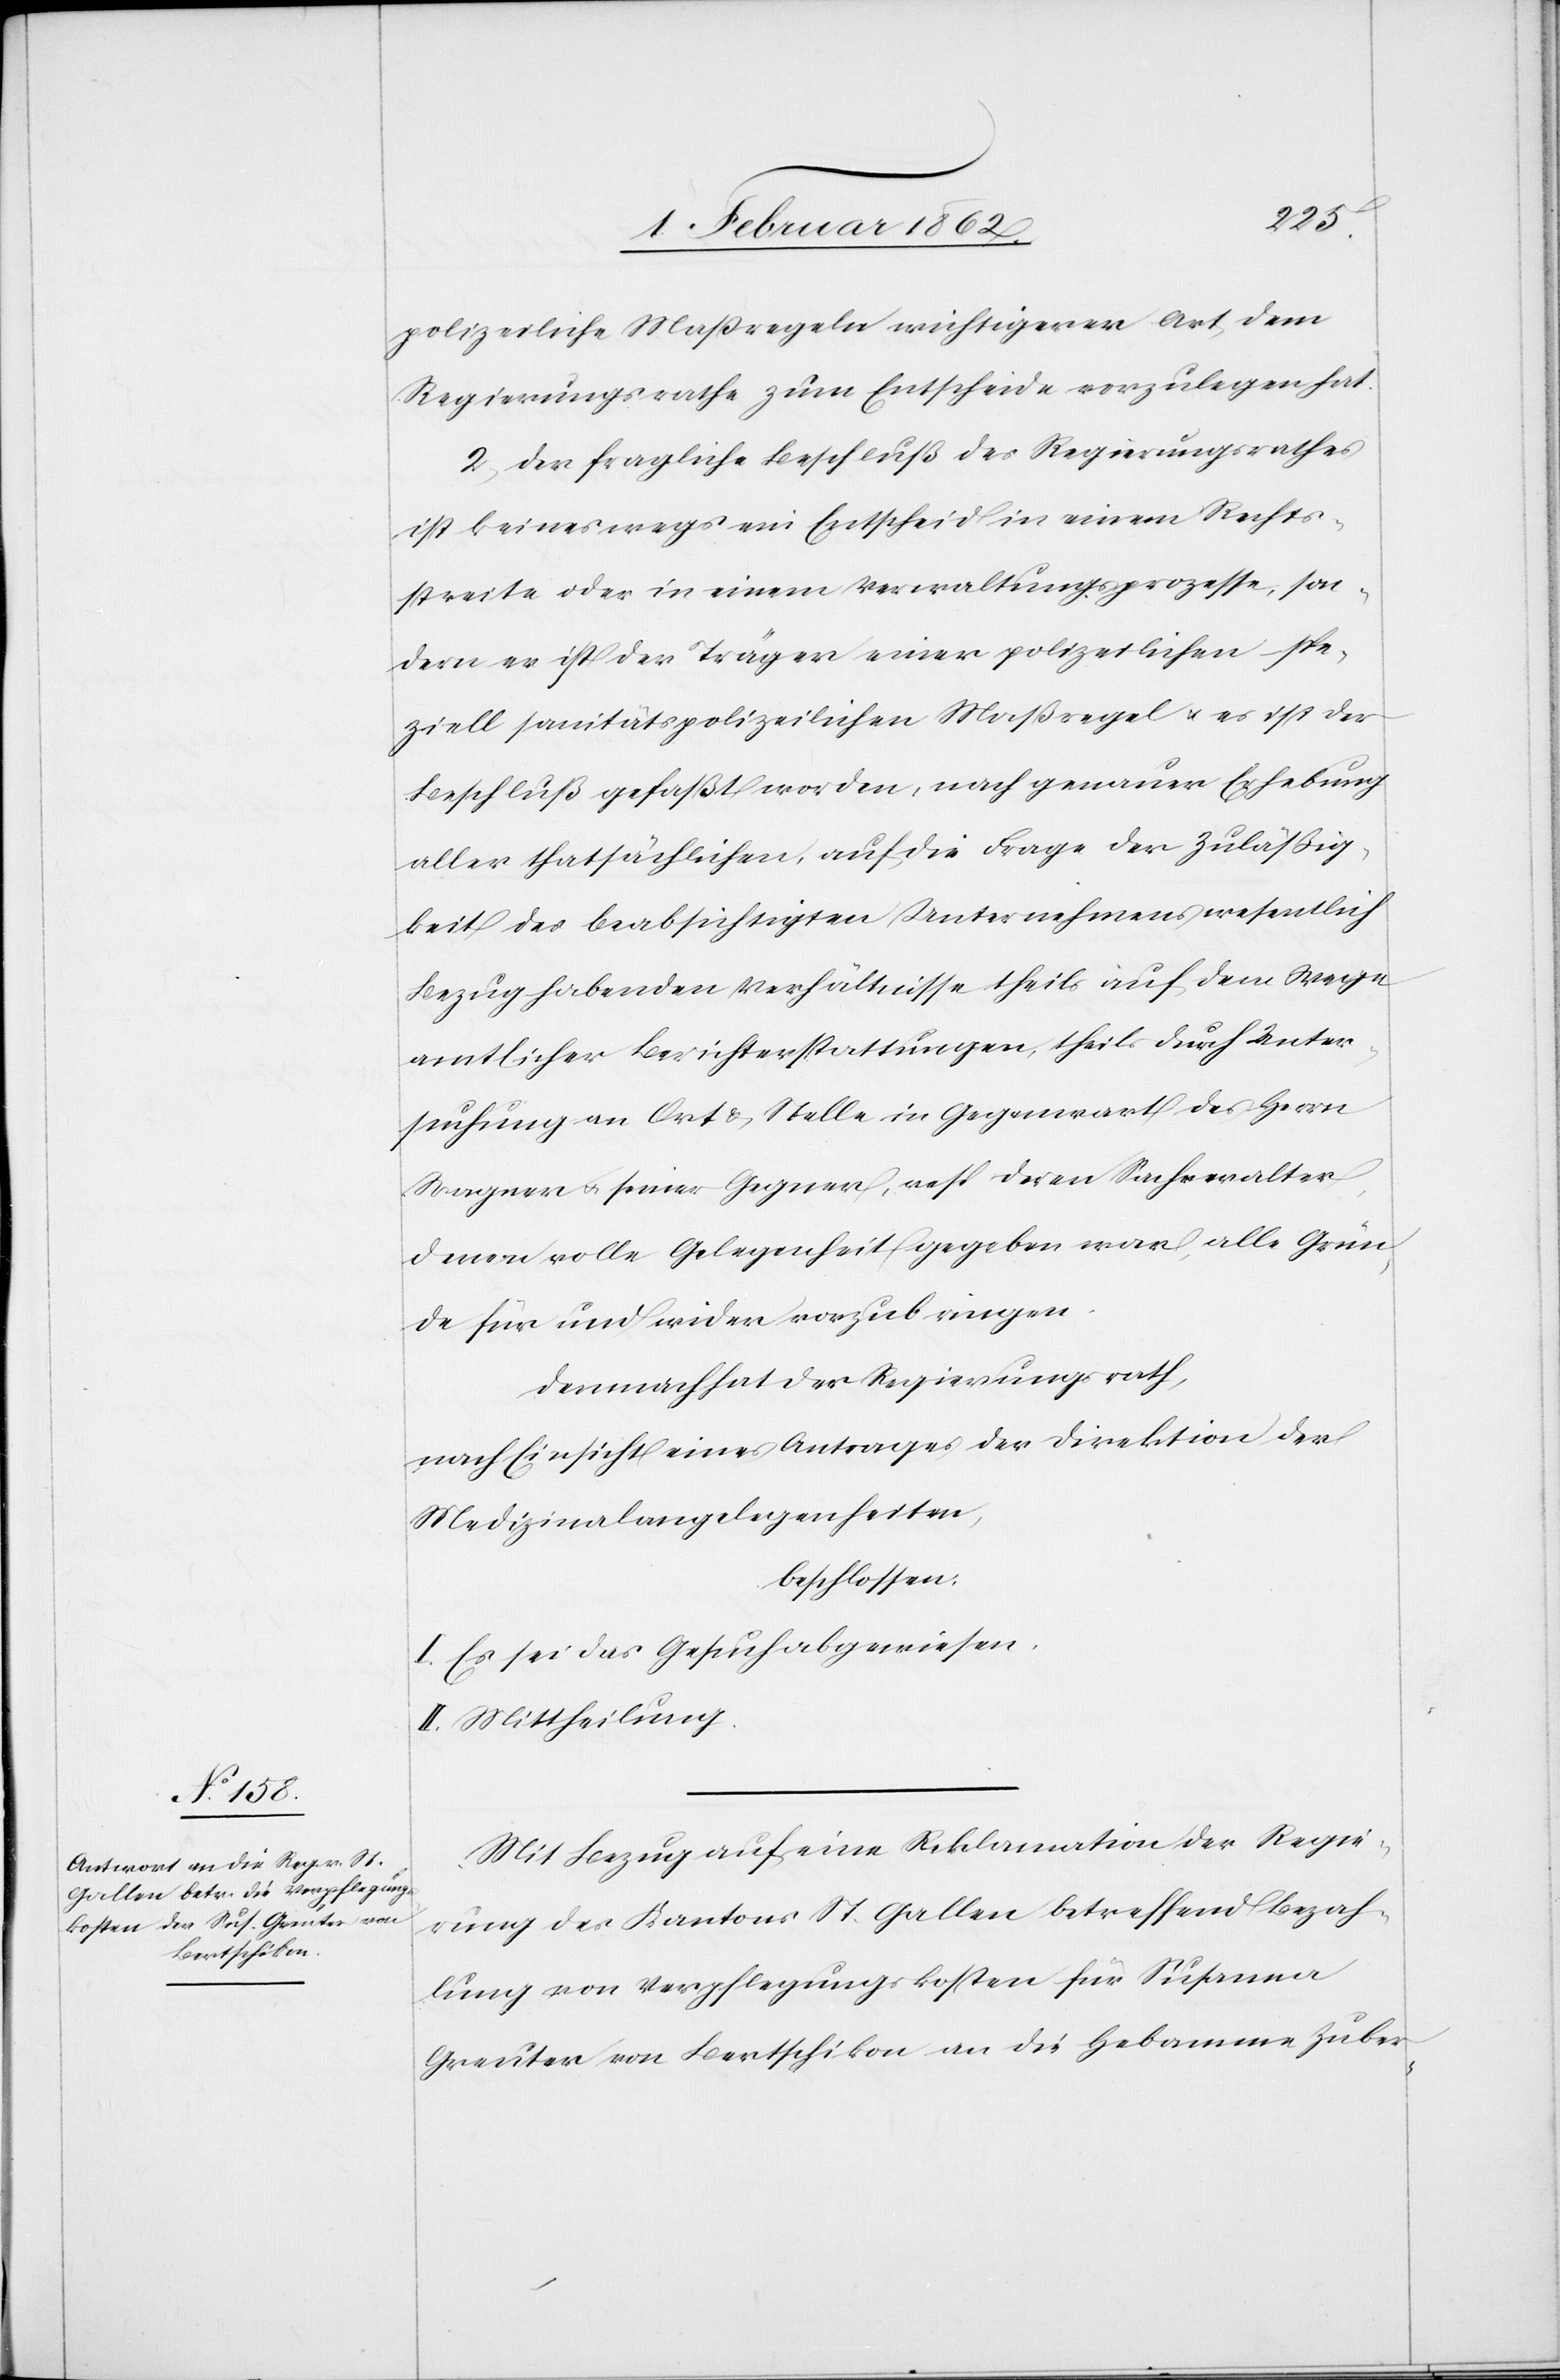
polizeiliche Maßregeln wichtigerer Art, dem
Regierungsrathe zum Entscheide vorzulegen hat.
2. der fragliche Beschluß des Regierungsrathes
ist keineswegs ein Entscheid in einem Rechts¬
streite oder in einem Verwaltungsprozesse, son¬
dern er ist der Träger einer polizeilichen spe¬
ziell sanitätspolizeilichen Maßregel u. es ist der
Beschluß gefaßt worden, nach genauer Erhebung
aller thatsächlichen, auf die Frage der Zuläßig¬
keit des beabsichtigten Unternehmens wesentlich
Bezug habenden Verhältnisse theils auf dem Wege
amtlicher Berichterstattungen, theils durch Unter¬
suchung an Ort & Stelle in Gegenwart des Herrn
Wagner u. seiner Gegner, resp deren Sachswalter,
denen volle Gelegenheit gegeben war, alle Grün¬
de für und wider vorzubringen.
Demnach hat der Regierungsrath,
nach Einsicht eines Antrages der Direktion der
Medizinalangelegenheiten,
beschlossen:
I. Es sei das Gesuch abgewiesen.
II. Mittheilung.
Mit Bezug auf eine Reklamation der Regie¬
rung des Kantons St. Gallen betreffend Bezah¬
lung von Verpflegungskosten für Susanna
Greuter von Bertschikon an die Hebamme Zuber-